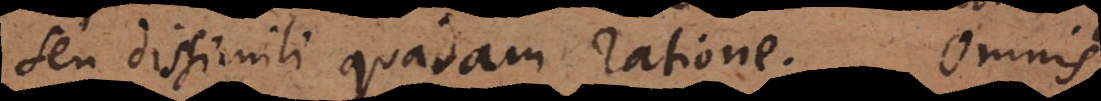
seu dissimili quadam ratione. Omnis